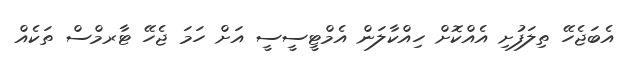
އެބަޖެހޭ ތިލަފުށި އެއްކޮށް ހިއްކާލަން އެމްޓީސީސީ އަށް ހަމަ ޖެހޭ ޓާރމްސް ތަކެއް